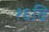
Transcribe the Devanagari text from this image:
१६वि